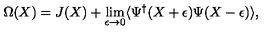
\Omega ( X ) = J ( X ) + \lim _ { \epsilon \rightarrow 0 } \langle \Psi ^ { \dagger } ( X + \epsilon ) \Psi ( X - \epsilon ) \rangle ,